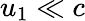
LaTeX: u_{1}\ll c